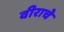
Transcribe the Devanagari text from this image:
वीराचे